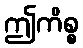
ဤကိစ္စ